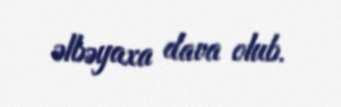
əlbəyaxa dava olub.